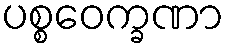
ပစ္စဝေက္ခဏာ